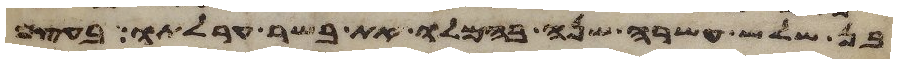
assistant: בן שלש עשרה שנה בהמלו את בשר ערלתו בעצם